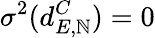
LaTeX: \sigma^{2}(d_{E,\mathbb{N}}^{C})=0